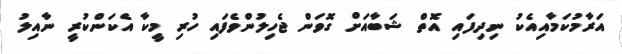
އަރާމުކަމާއިއެކު ނިދިފައި އޮތް ޝަބާއަށް ގޮވަން ޖެހިލުންވެފައި ހުރި މީކާ އެކަންކުރީ ނާއިލު